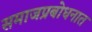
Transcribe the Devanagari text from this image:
समाजप्रबोधनात